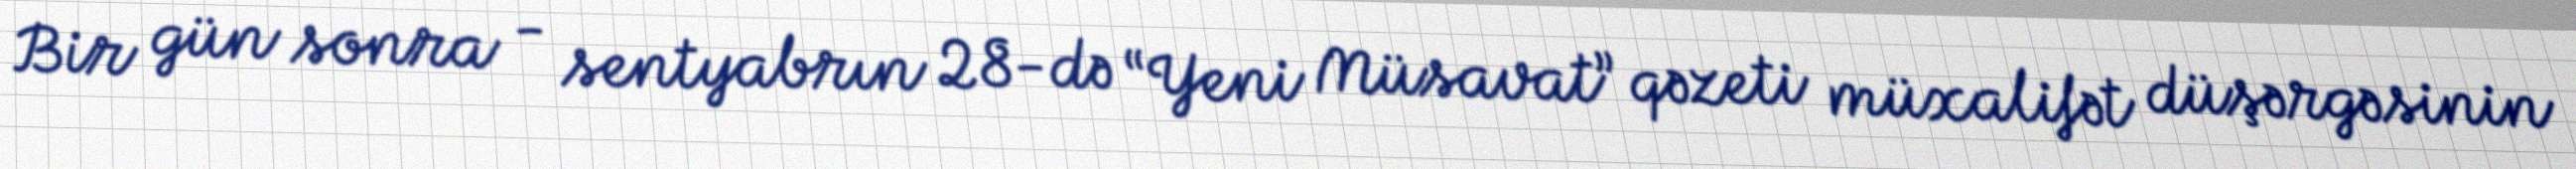
Bir gün sonra - sentyabrın 28-də “Yeni Müsavat” qəzeti müxalifət düşərgəsinin